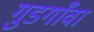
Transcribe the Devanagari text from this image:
गुडगाँवा